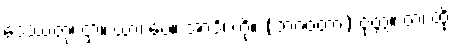
ဒေဿတုံ၊ ငှာ။ ယာ၊ ပေ။ အာဒိ၊ ကို။ (ဘဂဝတာ) ဝုတ္တံ။ တံ၊ ထို